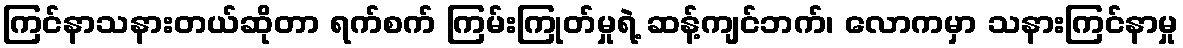
ကြင်နာသနားတယ်ဆိုတာ ရက်စက် ကြမ်းကြုတ်မှုရဲ့ ဆန့်ကျင်ဘက်၊ လောကမှာ သနားကြင်နာမှု